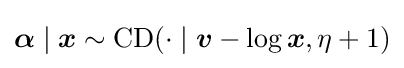
{\boldsymbol {\alpha }}\mid {\boldsymbol {x}}\sim \operatorname {CD} (\cdot \mid {\boldsymbol {v}}-\log {\boldsymbol {x}},\eta +1)